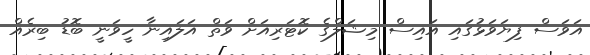
އަވަސް ފިޔަވަޅުގައި އައިސް މިޝަލްގެ ކޮޓަރިއަށް ވަތް އަލައިނާ ހީވަނީ ބޮޑު ބިރެއް